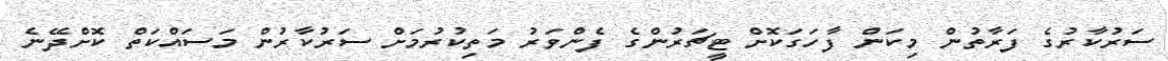
ސަރުކާރުގެ ފަރާތުން މިކަން ފާހަގަކޮށް ޓީޗަރުންގެ ފެންވަރު މަތިކުރުމަށް ސަރުކާރުން މަސައްކަތް ކޮށްދޭނެ